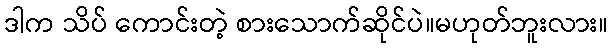
ဒါက သိပ် ကောင်းတဲ့ စားသောက်ဆိုင်ပဲ။မဟုတ်ဘူးလား။